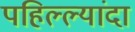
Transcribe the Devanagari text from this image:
पहिल्ल्यांदा